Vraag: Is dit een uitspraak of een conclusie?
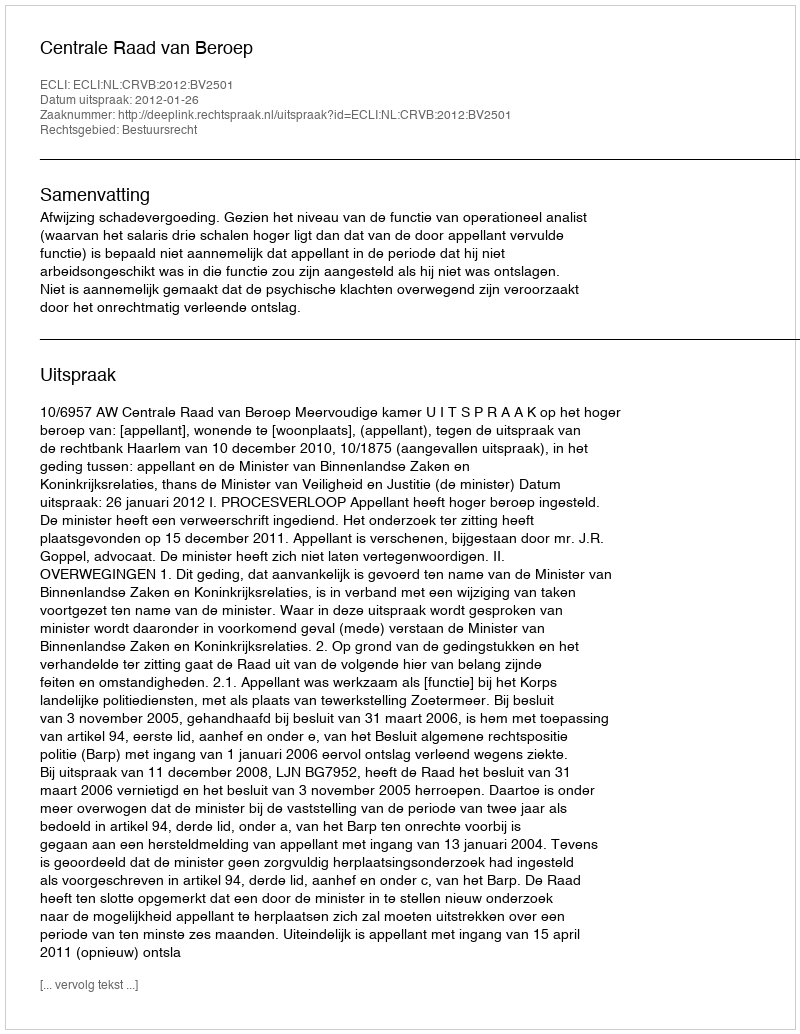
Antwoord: Uitspraak